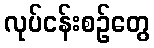
လုပ်ငန်းစဉ်တွေ